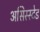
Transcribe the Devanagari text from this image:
असिस्स्टेड